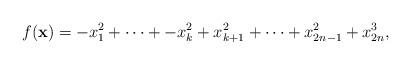
LaTeX: \begin{align*} f(\mathbf{x}) = -x_1^2 + \cdots + -x_k^2 + x_{k+1}^2 + \cdots +x_{2n-1}^2 + x_{2n}^3, \end{align*}